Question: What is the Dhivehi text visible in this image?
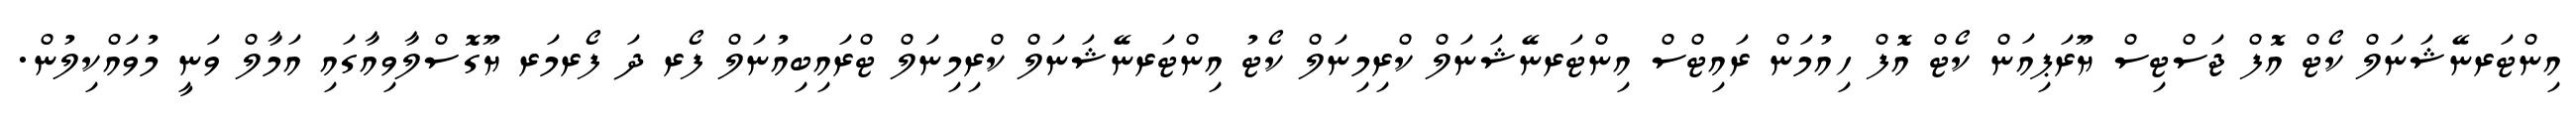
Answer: އިންޓަރނޭޝަނަލް ކޯޓް އޮފް ޖަސްޓިސް ޔޫރަޕިއަން ކޯޓް އޮފް ހިއުމަން ރައިޓްސް އިންޓަރނޭޝަނަލް ކްރިމިނަލް ކޯޓު އިންޓަރނޭޝަނަލް ކްރިމިނަލް ޓްރައިބިއުނަލް ފޯރ ދަ ފޯރމަރ ޔޫގޮސްލާވިއާގައި އަމާލް ވަނީ މުވައްކިލުން.